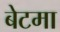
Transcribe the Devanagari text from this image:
बेटमा